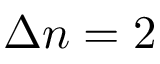
\Delta n = 2